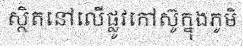
ស្ថិតនៅលើផ្លូវកៅស៊ូក្នុងភូមិ